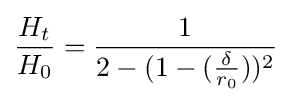
{\frac {H_{t}}{H_{0}}}={\frac {1}{2-(1-({\frac {\delta }{r_{0}}}))^{2}}}